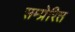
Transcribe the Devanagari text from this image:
सम्प्रेरित